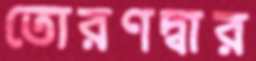
তোরণদ্বার